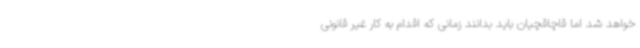
خواهد شد اما قاچاقچیان باید بدانند زمانی که اقدام به کار غیر قانونی